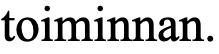
toiminnan.